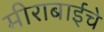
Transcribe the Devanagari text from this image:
मीराबाईंचे